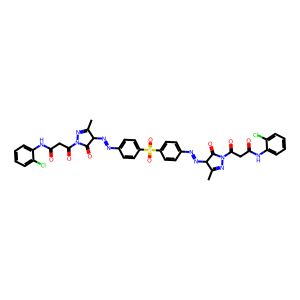
SMILES: CC1=NN(C(=O)CC(=O)Nc2ccccc2Cl)C(=O)C1N=Nc1ccc(S(=O)(=O)c2ccc(N=NC3C(=O)N(C(=O)CC(=O)Nc4ccccc4Cl)N=C3C)cc2)cc1
Inhibits HIV replication: No